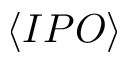
\langle I P O \rangle